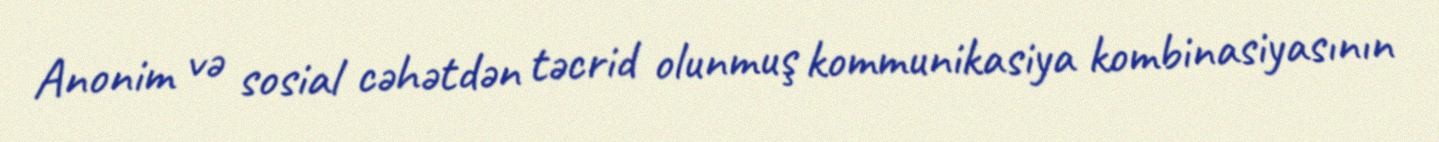
Anonim və sosial cəhətdən təcrid olunmuş kommunikasiya kombinasiyasının